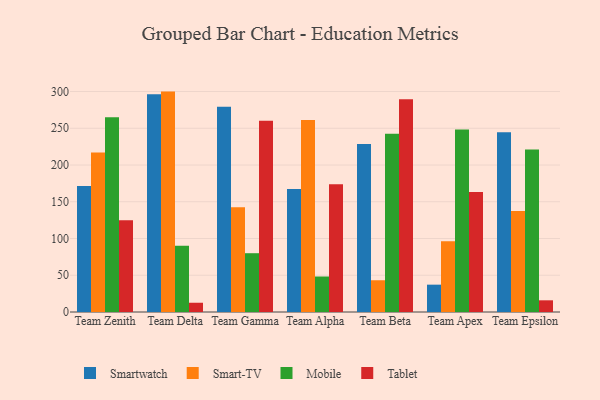
{"axis": {"x": "Team", "y": "Market Share (%)"}, "legend": ["Mobile", "Smart-TV", "Smartwatch", "Tablet"], "data": [{"x": "Team Zenith", "y": 171.4, "type": "Smartwatch"}, {"x": "Team Zenith", "y": 217.1, "type": "Smart-TV"}, {"x": "Team Zenith", "y": 265.1, "type": "Mobile"}, {"x": "Team Zenith", "y": 124.9, "type": "Tablet"}, {"x": "Team Delta", "y": 296.4, "type": "Smartwatch"}, {"x": "Team Delta", "y": 299.9, "type": "Smart-TV"}, {"x": "Team Delta", "y": 90.0, "type": "Mobile"}, {"x": "Team Delta", "y": 12.6, "type": "Tablet"}, {"x": "Team Gamma", "y": 279.3, "type": "Smartwatch"}, {"x": "Team Gamma", "y": 142.4, "type": "Smart-TV"}, {"x": "Team Gamma", "y": 80.0, "type": "Mobile"}, {"x": "Team Gamma", "y": 260.4, "type": "Tablet"}, {"x": "Team Alpha", "y": 167.2, "type": "Smartwatch"}, {"x": "Team Alpha", "y": 261.1, "type": "Smart-TV"}, {"x": "Team Alpha", "y": 48.3, "type": "Mobile"}, {"x": "Team Alpha", "y": 174.0, "type": "Tablet"}, {"x": "Team Beta", "y": 228.7, "type": "Smartwatch"}, {"x": "Team Beta", "y": 43.2, "type": "Smart-TV"}, {"x": "Team Beta", "y": 242.4, "type": "Mobile"}, {"x": "Team Beta", "y": 289.6, "type": "Tablet"}, {"x": "Team Apex", "y": 37.2, "type": "Smartwatch"}, {"x": "Team Apex", "y": 96.1, "type": "Smart-TV"}, {"x": "Team Apex", "y": 248.4, "type": "Mobile"}, {"x": "Team Apex", "y": 163.4, "type": "Tablet"}, {"x": "Team Epsilon", "y": 244.6, "type": "Smartwatch"}, {"x": "Team Epsilon", "y": 137.3, "type": "Smart-TV"}, {"x": "Team Epsilon", "y": 221.2, "type": "Mobile"}, {"x": "Team Epsilon", "y": 15.9, "type": "Tablet"}]}